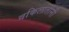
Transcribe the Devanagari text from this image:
वकिलातींनी